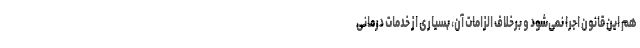
هم این قانون اجرا نمی‌شود و برخلاف الزامات آن، بسیاری از خدمات درمانیِ